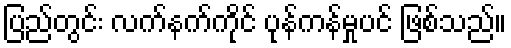
ပြည်တွင်း လက်နက်ကိုင် ပုန်ကန်မှုပင် ဖြစ်သည်။